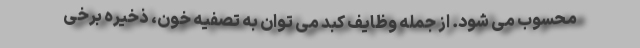
محسوب می شود. از جمله وظایف کبد می توان به تصفیه خون، ذخیره برخی